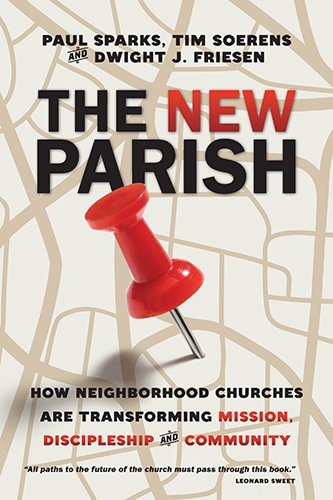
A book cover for The New Parish: How Neighborhood Churches Are Transforming Mission, Discipleship and Community; Paul Sparks; Christian Books & Bibles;